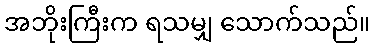
အဘိုးကြီးက ရသမျှ သောက်သည်။